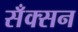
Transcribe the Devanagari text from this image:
सँक्सन